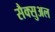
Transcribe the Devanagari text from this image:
सैक्सुअल